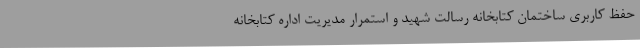
حفظ کاربری ساختمان کتابخانه رسالت شهید و استمرار مدیریت اداره کتابخانه